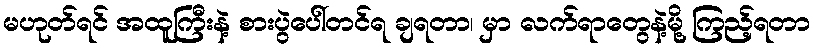
မဟုတ်ရင် အထူကြီးနဲ့ စားပွဲပေါ်တင်ရ ချရတာ၊ မှာ လက်ရာတွေနဲ့မို့ ကြည့်ရတာ